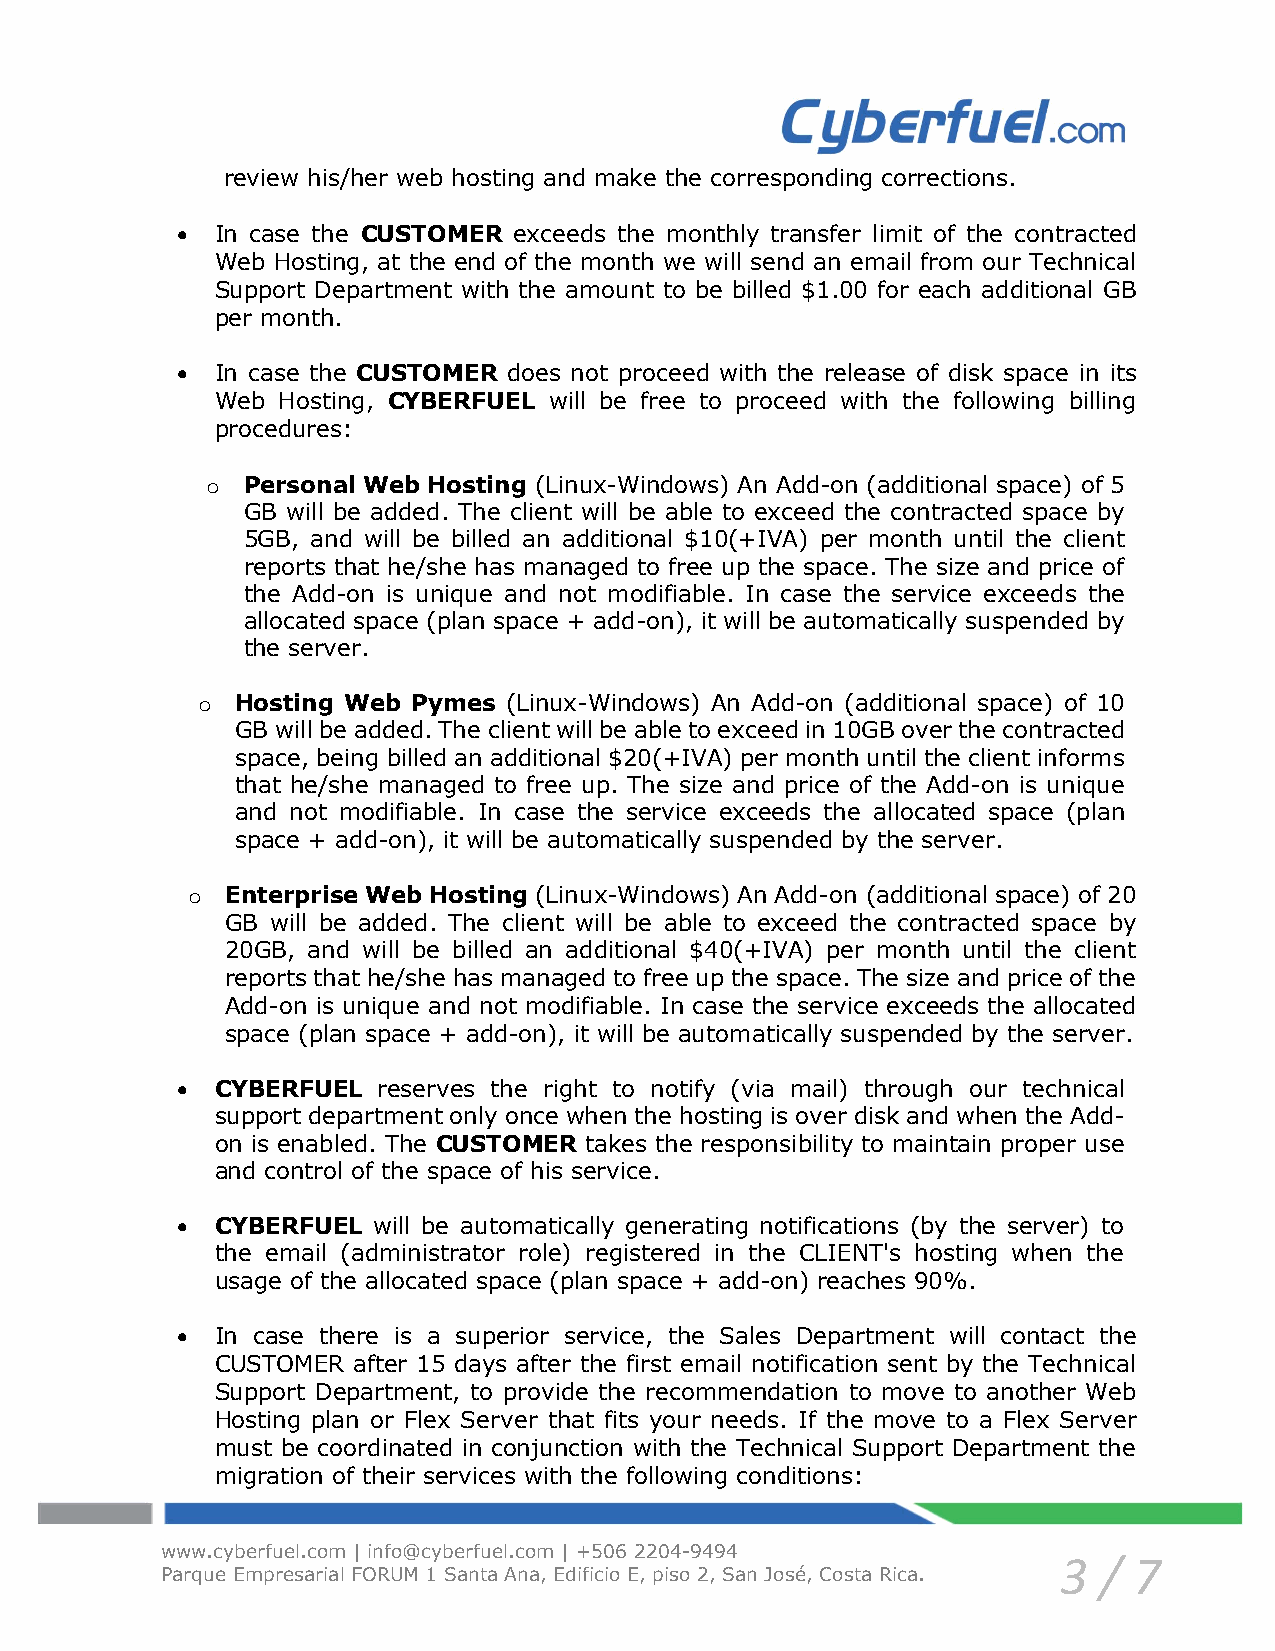
review his/her web hosting and make the corresponding corrections.
  In case the CUSTOMER exceeds the monthly transfer limit of the contracted
 Web Hosting, at the end of the month we will send an email from our Technical
 Support Department with the amount to be billed $1.00 for each additional GB
 per month.
  In case the CUSTOMER does not proceed with the release of disk space in its
 Web Hosting, CYBERFUEL will be free to proceed with the following billing
 procedures:
 o Personal Web Hosting (Linux-Windows) An Add-on (additional space) of 5
 GB will be added. The client will be able to exceed the contracted space by
 5GB, and will be billed an additional $10(+IVA) per month until the client
 reports that he/she has managed to free up the space. The size and price of
 the Add-on is unique and not modifiable. In case the service exceeds the
 allocated space (plan space + add-on), it will be automatically suspended by
 the server.
 o  Hosting Web Pymes (Linux-Windows) An Add-on (additional space) of 10
 GB will be added. The client will be able to exceed in 10GB over the contracted
 space, being billed an additional $20(+IVA) per month until the client informs
 that he/she managed to free up. The size and price of the Add-on is unique
 and not modifiable. In case the service exceeds the allocated space (plan
 space + add-on), it will be automatically suspended by the server.
 o  Enterprise Web Hosting (Linux-Windows) An Add-on (additional space) of 20
 GB will be added. The client will be able to exceed the contracted space by
 20GB, and will be billed an additional $40(+IVA) per month until the client
 reports that he/she has managed to free up the space. The size and price of the
 Add-on is unique and not modifiable. In case the service exceeds the allocated
 space (plan space + add-on), it will be automatically suspended by the server.
  CYBERFUEL  reserves the right to notify (via mail) through our technical
 support department only once when the hosting is over disk and when the Add-
 on is enabled. The CUSTOMER takes the responsibility to maintain proper use
 and control of the space of his service.
  CYBERFUEL  will be automatically generating notifications (by the server) to
 the email (administrator role) registered in the CLIENT's hosting when the
 usage of the allocated space (plan space + add-on) reaches 90%.
  In case there is a superior service, the Sales Department will contact the
 CUSTOMER after 15 days after the first email notification sent by the Technical
 Support Department, to provide the recommendation to move to another Web
 Hosting plan or Flex Server that fits your needs. If the move to a Flex Server
 must be coordinated in conjunction with the Technical Support Department the
 migration of their services with the following conditions:
 www.cyberfuel.com | info@cyberfuel.com | +506 2204-9494
 3  / 7
 Parque Empresarial FORUM 1 Santa Ana, Edificio E, piso 2, San José, Costa Rica.